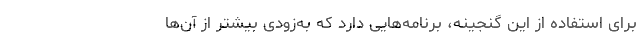
برای استفاده از این گنجینه، برنامه‌هایی دارد که به‌زودی بیشتر از آن‌ها